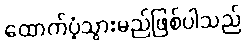
ထောက်ပံ့သွားမည်ဖြစ်ပါသည်